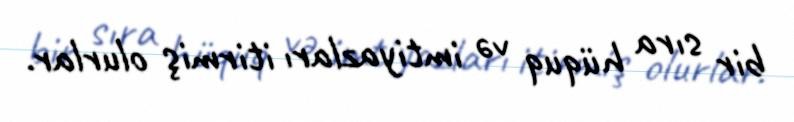
bir sıra hüquq və imtiyazları itirmiş olurlar.